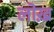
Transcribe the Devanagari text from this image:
लोख़